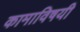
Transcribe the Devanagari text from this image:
कामाविषयी